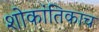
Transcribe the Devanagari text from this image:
शोकांतिकाच